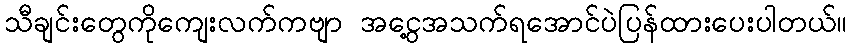
သီချင်းတွေကိုကျေးလက်ကဗျာ အငွေ့အသက်ရအောင်ပဲပြန်ထားပေးပါတယ်။